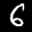
Label: 6